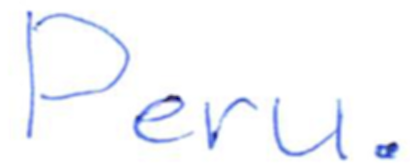
Text: Peru.
Cross-out: clean
Writing tool: ballpoint